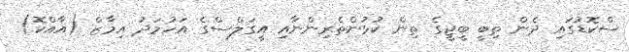
ސްކޮޑުގައި ދެން ތިބީ ބީޖީގެ ތިން ކުޅުންތެރިންނާއި އީގަލްސްގެ އަހުމަދު އިމާޒް (އާއްކޮ)